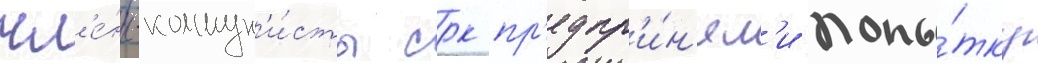
чл'е́ны-коммун'и́сты срк пр'едпр'и́н'ял'и попы́тку